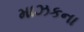
માઝકના